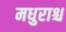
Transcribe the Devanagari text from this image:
मधुराश्च